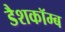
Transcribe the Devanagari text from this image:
डैशकॉम्ब